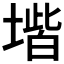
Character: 𡏨